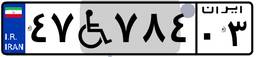
۴۷W۷۸۴۰۳